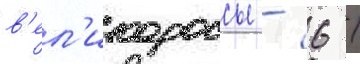
в'ел'икороссы - 6 /